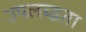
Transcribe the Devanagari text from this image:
उपलब्द्धता